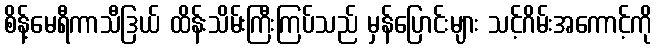
စိန့်မေရီကာသီဒြယ် ထိန်းသိမ်းကြီးကြပ်သည် မှန်ပြောင်းများ သင့်ဂိမ်းအကောင့်ကို